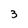
Character: 3